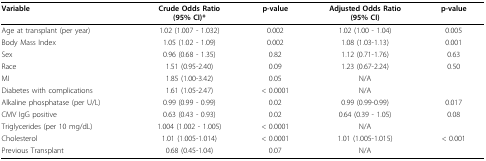
| Variable | Crude Odds Ratio(95% CI)* | p-value | Adjusted Odds Ratio(95% CI) | p-value |
 | --- | --- | --- | --- | --- |
 | Age at transplant (per year) | 1.02 (1.007 - 1.032) | 0.002 | 1.02 (1.00 - 1.04) | 0.005 |
 | Body Mass Index | 1.05 (1.02 - 1.09) | 0.002 | 1.08 (1.03-1.13) | 0.001 |
 | Sex | 0.96 (0.68 - 1.35) | 0.82 | 1.12 (0.71-1.76) | 0.63 |
 | Race | 1.51 (0.95-2.40) | 0.09 | 1.23 (0.67-2.24) | 0.50 |
 | MI | 1.85 (1.00-3.42) | 0.05 | N/A |  |
 | Diabetes with complications | 1.61 (1.05-2.47) | < 0.0001 | N/A |  |
 | Alkaline phosphatase (per U/L) | 0.99 (0.99 - 0.99) | 0.02 | 0.99(0.99-0.99) | 0.017 |
 | CMV IgG positive | 0.63 (0.43 - 0.93) | 0.02 | 0.64 (0.39 - 1.05) | 0.08 |
 | Triglycerides (per 10 mg/dL) | 1.004 (1.002 - 1.005) | < 0.0001 | N/A |  |
 | Cholesterol | 1.01 (1.005-1.014) | < 0.0001 | 1.01 (1.005-1.015) | < 0.001 |
 | Previous Transplant | 0.68 (0.45-1.04) | 0.07 | N/A |  |